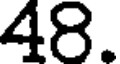
48.